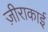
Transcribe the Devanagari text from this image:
ज़ीराकाई